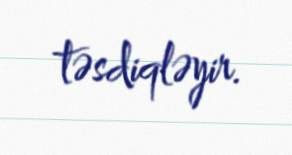
təsdiqləyir.